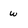
Character: w